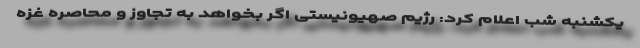
یکشنبه شب اعلام کرد: رژیم صهیونیستی اگر بخواهد به تجاوز و محاصره غزه